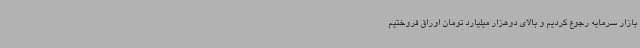
بازار سرمایه رجوع کردیم و بالای دوهزار میلیارد تومان اوراق فروختیم